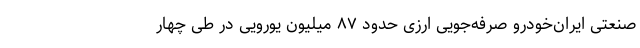
صنعتی ایران‌خودرو صرفه‌جویی ارزی حدود ۸۷ میلیون یورویی در طی چهار